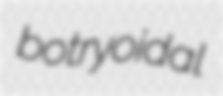
botryoidal